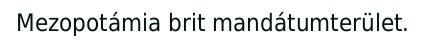
Mezopotámia brit mandátumterület.